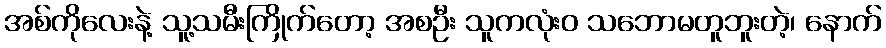
အစ်ကိုလေးနဲ့ သူ့သမီးကြိုက်တော့ အစဦး သူကလုံးဝ သဘောမတူဘူးတဲ့၊ နောက်